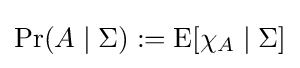
\Pr(A\mid \Sigma ):=\operatorname {E} [\chi _{A}\mid \Sigma ]